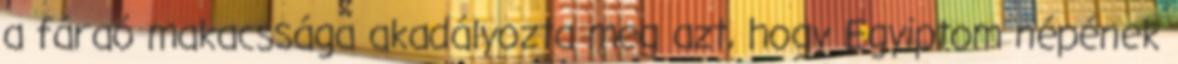
a fáraó makacssága akadályozta meg azt, hogy Egyiptom népének